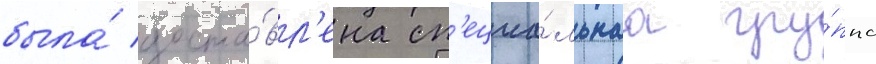
была́ доста́вл'ена сп'ециа́льнаа гру́ппа